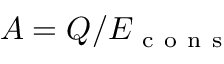
A = Q / E _ { \mathrm { ~ c ~ o ~ n ~ s ~ } }